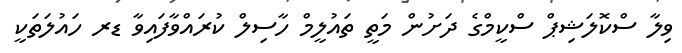
ވިލާ ސްކޮލަޝިޕް ސްކީމްގެ ދަށުން މަތީ ތައުލީމް ހާސިލް ކުރައްވާފައިވާ ޑރ ހައުލަތަކީ